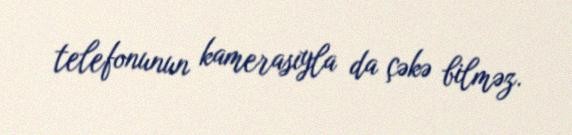
telefonunun kamerasıyla da çəkə bilməz.